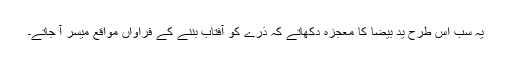
یہ سب اس طرح ید بیضا کا معجزہ دکھاتے کہ ذرے کو آفتاب بننے کے فراواں مواقع میسر آ جاتے۔